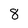
Character: 8